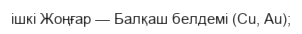
ішкі Жоңғар — Балқаш белдемі (Сu, Аu);